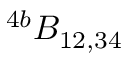
^ { 4 b } { \cal B } _ { 1 2 , 3 4 }